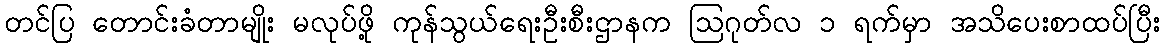
တင်ပြ တောင်းခံတာမျိုး မလုပ်ဖို့ ကုန်သွယ်ရေးဦးစီးဌာနက ဩဂုတ်လ ၁ ရက်မှာ အသိပေးစာထပ်ပြီး